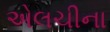
એલચીના